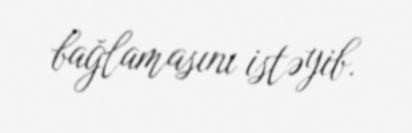
bağlamasını istəyib.